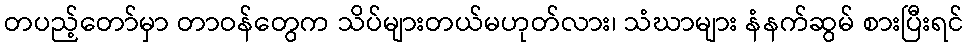
တပည့်တော်မှာ တာဝန်တွေက သိပ်များတယ်မဟုတ်လား၊ သံဃာများ နံနက်ဆွမ် စားပြီးရင်